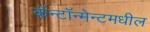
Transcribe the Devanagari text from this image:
कॅन्टॉन्मेन्टमधील